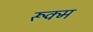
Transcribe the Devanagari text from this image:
रूक्म